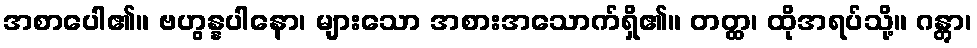
အစာပေါ၏။ ဗဟွန္နပါနော၊ များသော အစားအသောက်ရှိ၏။ တတ္ထ၊ ထိုအရပ်သို့။ ဂန္တွာ၊